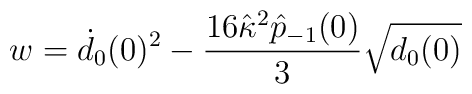
w=\dot{d}_0(0)^2 - \frac{16\hat{\kappa}^2\hat{p}_{-1}(0)}{3} \sqrt{d_0(0)}